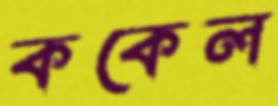
ককেল